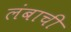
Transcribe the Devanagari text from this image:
लंबाची